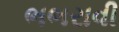
ભભરાવી